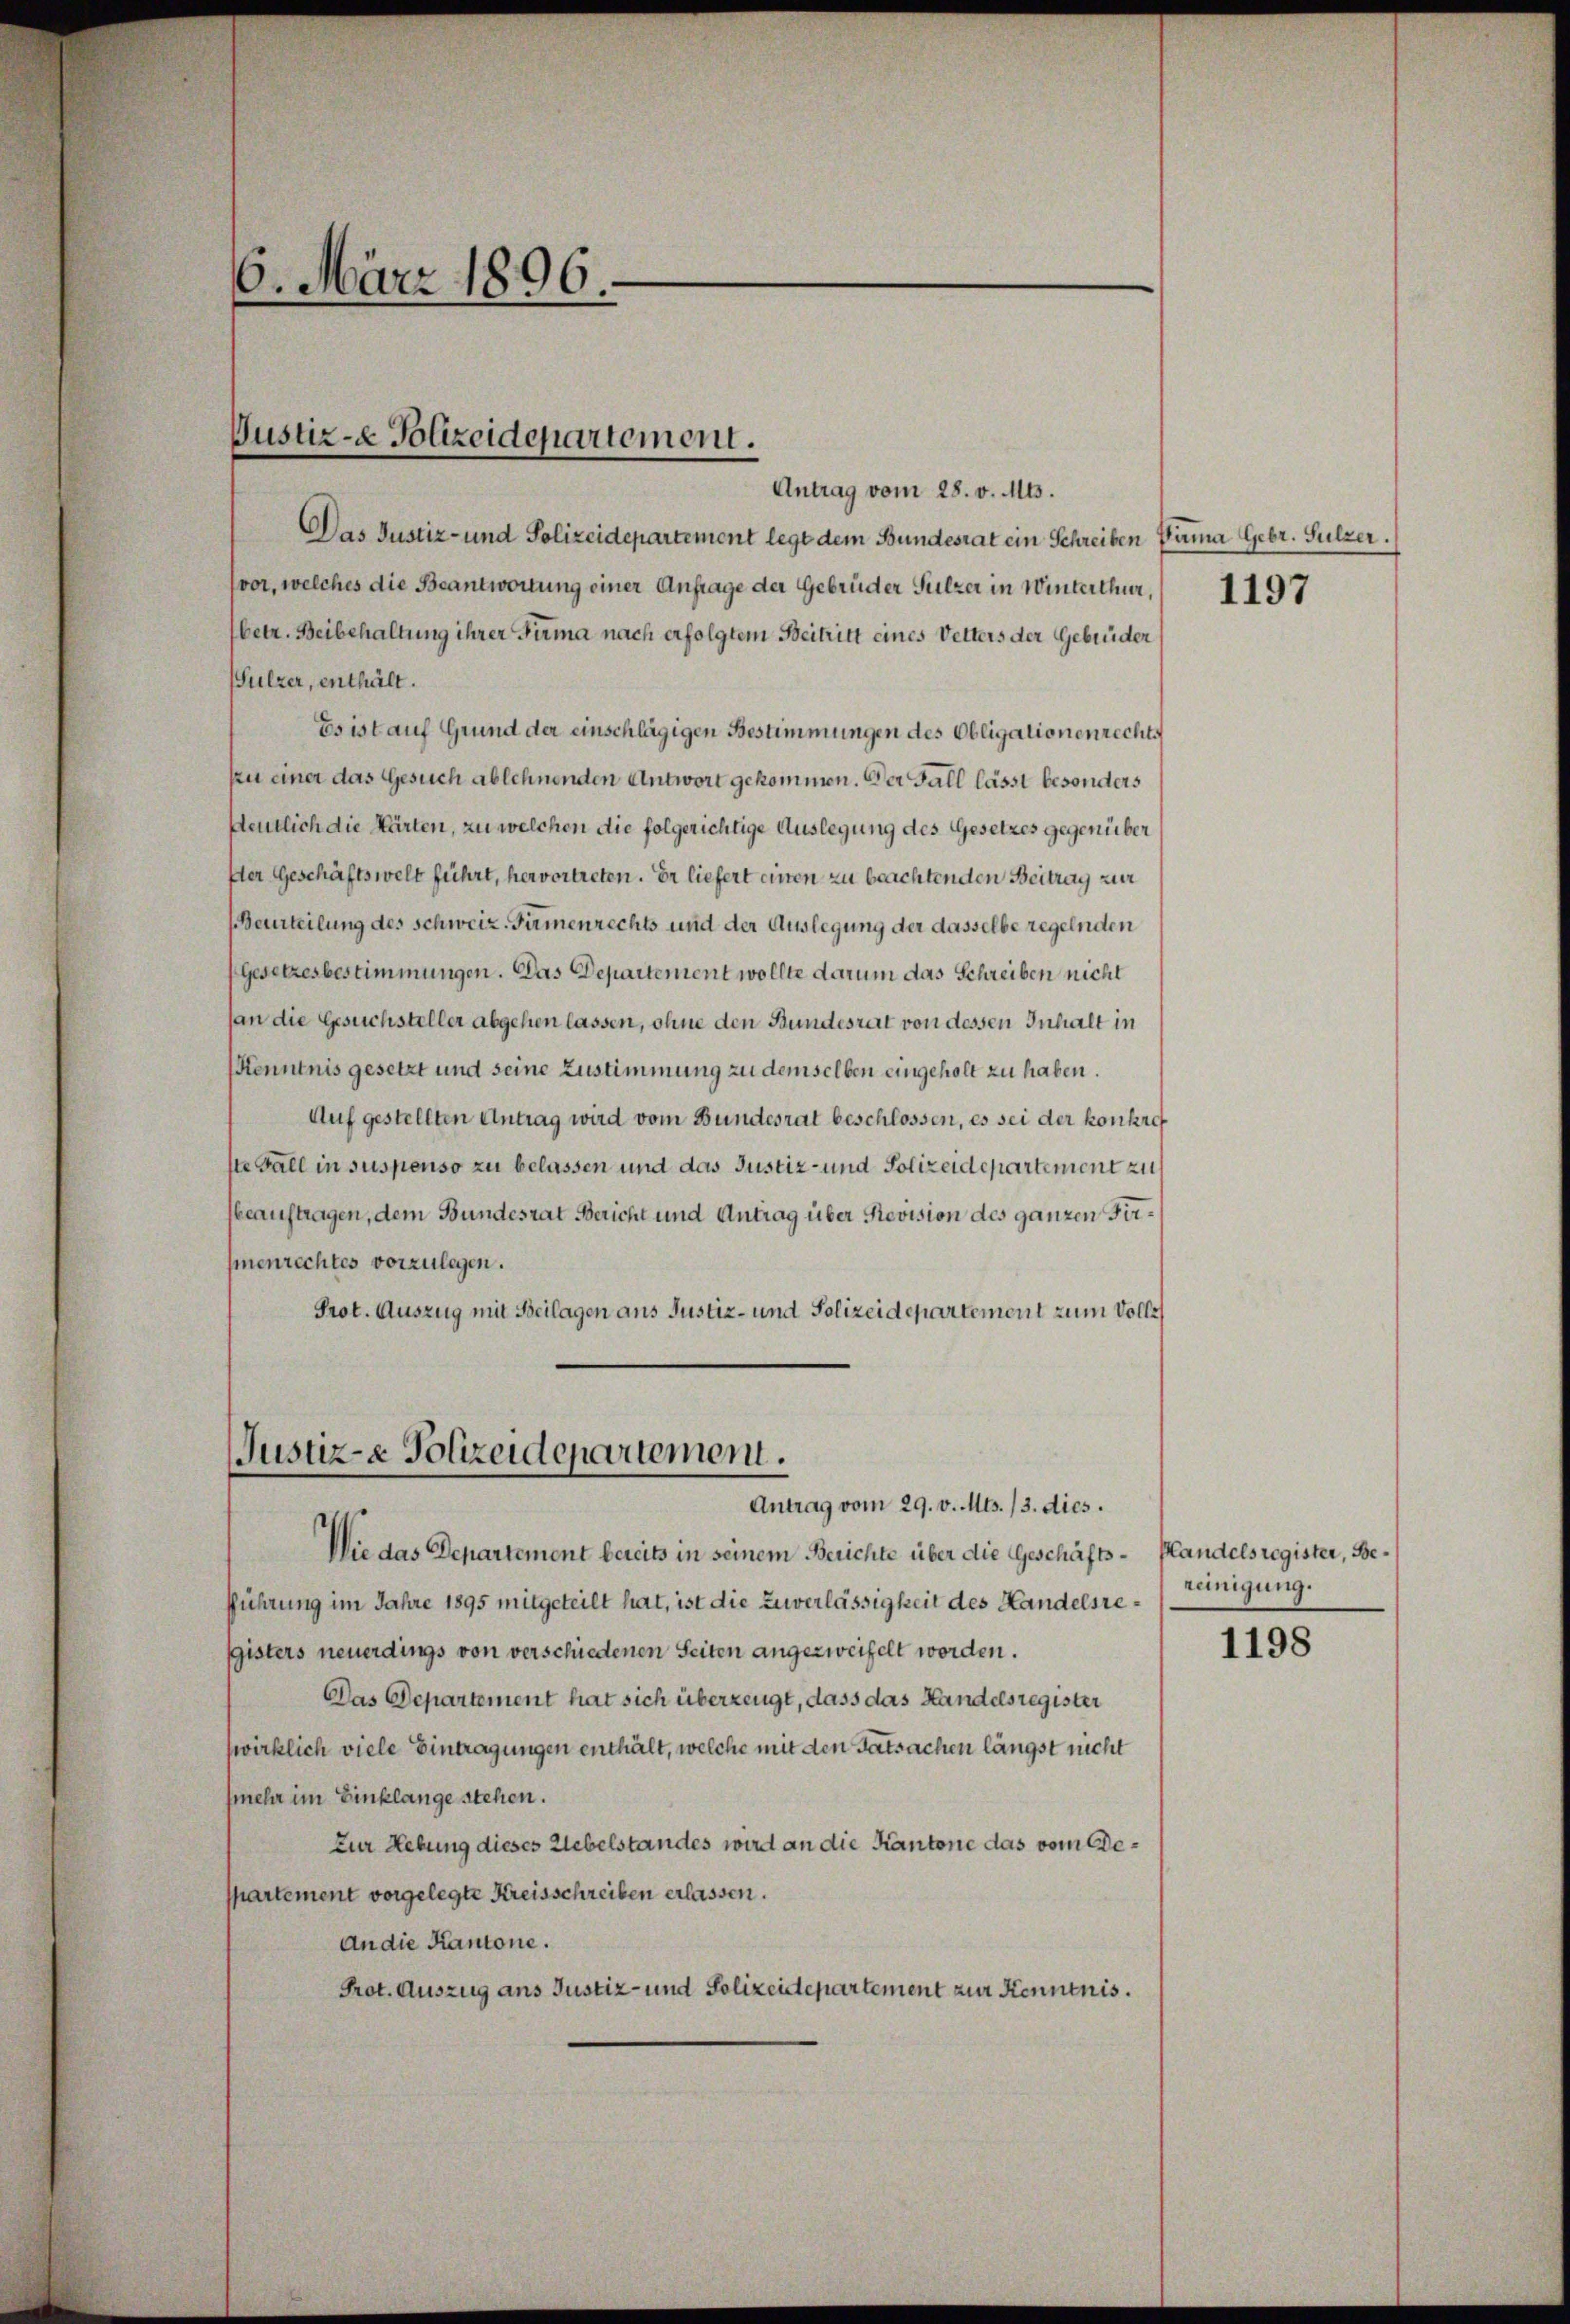
6. März 1896.

Justiz- & Polizeidepartement.

Antrag vom 28. v. Mts.
Das Justiz- und Polizeidepartement legt dem Bundesrat ein Schreiben Sama Gebr. Sulzer.
vor, welches die Beantwortung einer Anfrage der Gebrüder Sulzer in Winterthur,
betr. Beibehaltung ihrer Firma nach erfolgtem Beitritt eines Vetters der Gebrüder
ulzer, enthält.
Es ist auf Grund der einschlägigen Bestimmungen des Obligationenrechts
zu einer das Gesuch ablehnenden Antwort gekommen. Der Fall lässt besonders
deutlich die Marten, zu welchen die folgerichtige Auslegung des Gesetzes gegenüber
Der Geschäftswelt führt, hervortreten. Er liefert einen zu beachtenden Beitrag zur
(Beurteilung des Schweiz. Pirmenrechts und der Auslegung der dasselbe regelnden
Gesetzesbestimmungen. Das Departement wollte darum das Schreiben nicht
jan die Gesuchsteller abgehen lassen, ohne den Bundesrat von dessen Inhalt in
Kenntnis gesetzt und seine Zustimmung zu demselben eingeholt zu haben.
Auf gestellten Antrag wird vom Bundesrat beschlossen, es sei der konkre
ste Fall in suspenso zu belassen und das Justiz- und Polizeidepartement zus
beauftragen, dem Bundesrat Bericht und Antrag über Revision des ganzen Firmenrechtes vorzulegen.
Prot. Auszug mit Beilagen ans Justiz- und Polizeidepartement zum Voll¬

Justiz- & Polizeidepartement.
Antrag vom 29. v. Mts. 13. dies.

Die das Departement bereits in seinem Berichte über die Geschäfts-Pandelsregister, Befführung im Jahre 1895 mitgeteilt hat, ist die Zuverlässigkeit des Handelsresgisters neuerdings von verschiedenen Seiten angezweifelt worden.
Das Departement hat sich überzeugt, dass das Handelsregister
wirklich viele Eintragungen enthält, welche mit den Tatsachen längst nicht
mehr im Einklange stehen.
Zur Hebung dieses Uebelstandes wird an die Kantone das vom Departement vorgelegte Kreisschreiben erlassen.
An die Kantone.
Prot. Auszug ans Justiz- und Polizeidepartement zur Kenntnis.

1197

reinigung.

1198